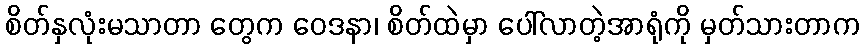
စိတ်နှလုံးမသာတာ တွေက ဝေဒနာ၊ စိတ်ထဲမှာ ပေါ်လာတဲ့အာရုံကို မှတ်သားတာက